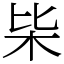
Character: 枈